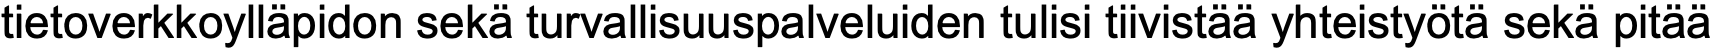
tietoverkkoylläpidon sekä turvallisuuspalveluiden tulisi tiivistää yhteistyötä sekä pitää